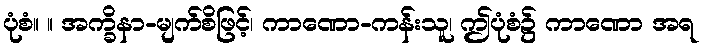
ပုံစံ။ ။ အက္ခိနာ-မျက်စိဖြင့်၊ ကာဏော-ကန်းသူ၊ ဤပုံစံ၌ ကာဏော အရ